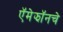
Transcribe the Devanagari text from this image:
ऍमेझॉनचे